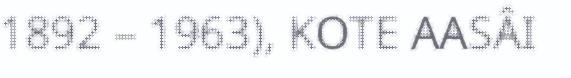
1892 – 1963), KOTE AASÂI